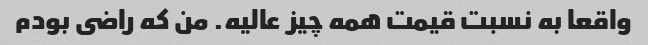
واقعا به نسبت قیمت همه چیز عالیه. من که راضى بودم